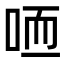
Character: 𠳍